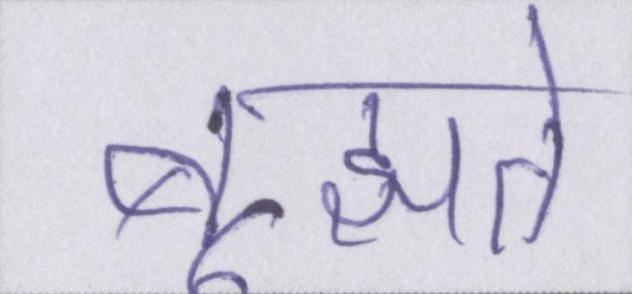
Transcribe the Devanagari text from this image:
बूझते